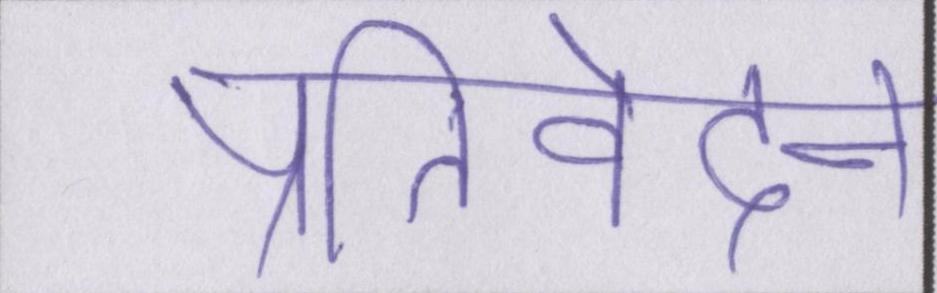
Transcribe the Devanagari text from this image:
प्रतिवेदन